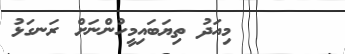
މިއަދު ތިޔަބައިމީހުންނަށް ރަނގަޅު